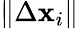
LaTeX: \| \Delta\mathbf{x}_{i}\|